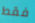
فقط